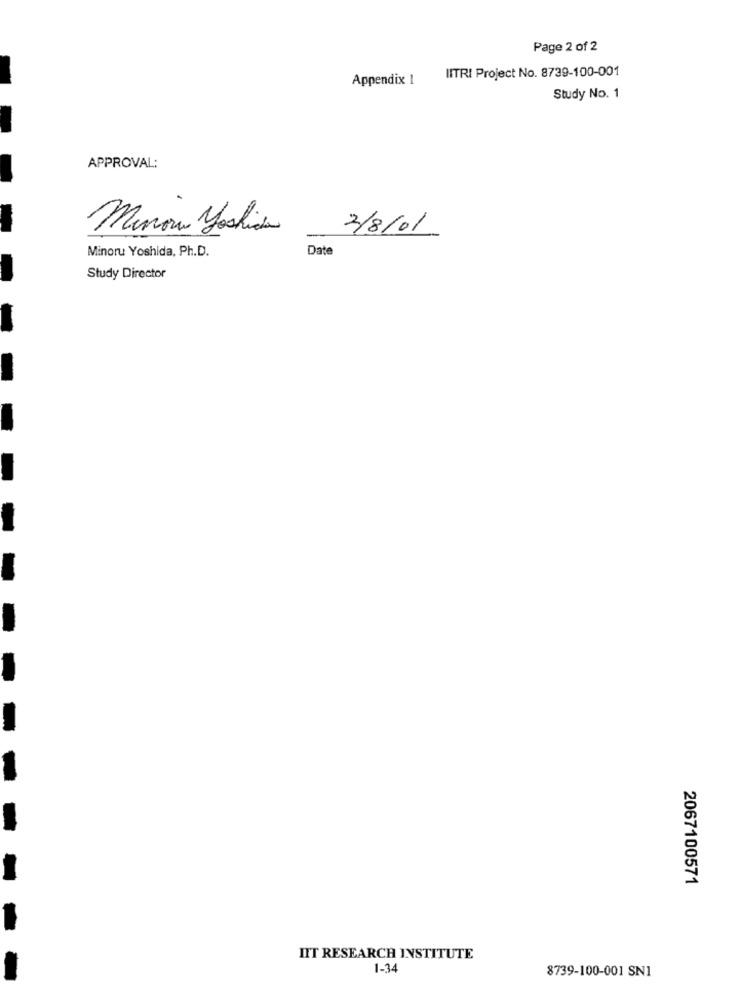
Page 2 of 2
NITRI Project No. 8739-100-001
Appendix 1
Study No. 1
APPROVAL:
-
Minow yoshida
3/8/01
Minoru Yoshida, Ph.D.
Date
Study Director
-
--
2067100571
IIT RESEARCH INSTITUTE
1-34
8739-100-001 SN1